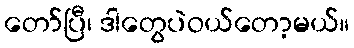
တော်ပြီ၊ ဒါတွေပဲဝယ်တော့မယ်။